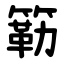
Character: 簕